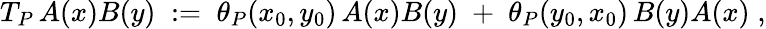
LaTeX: T_{P}\, A(x)B(y)\; :=\; \theta_{P}(x_{0},y_{0})\, A(x)B(y)\; +\; \theta_{P}(y_{0},x_{0})\, B(y)A(x)\; ,